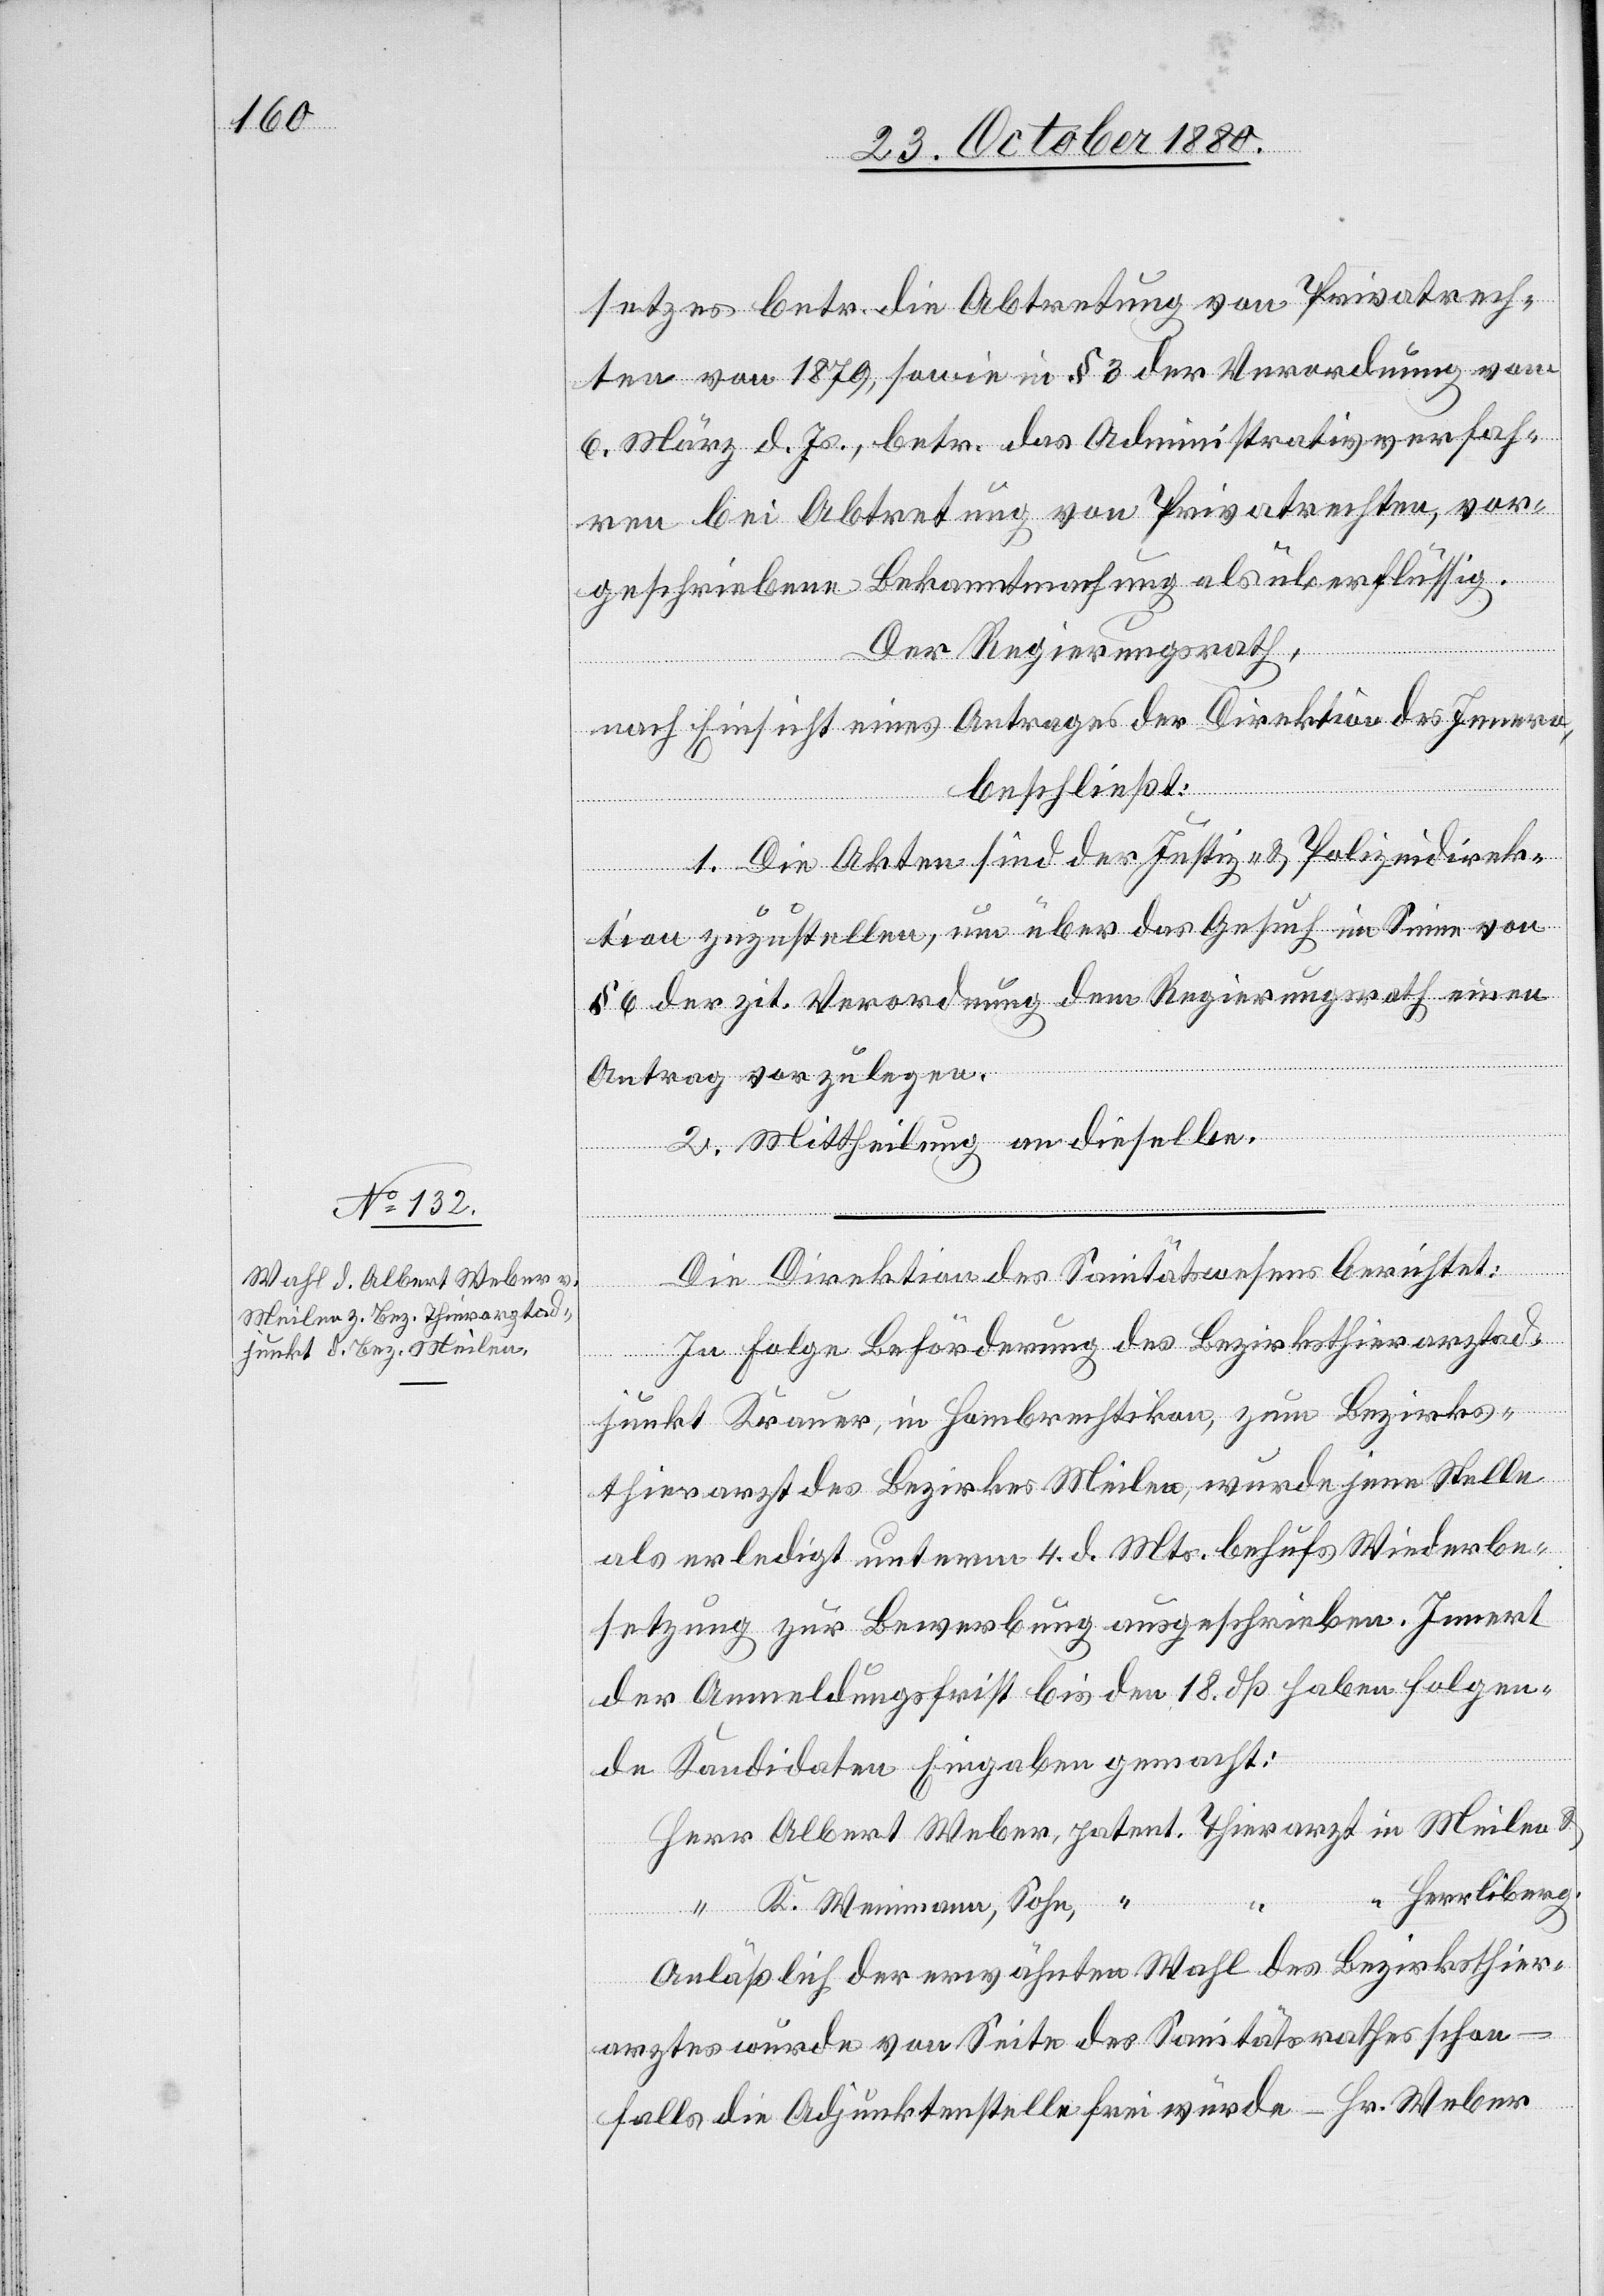
setzes betr. die Abtretung von Privatrech¬
ten von 1879, sowie in § 3 der Verordnung vom
6. März d. Js., betr. das Administrativverfah¬
ren bei Abtretung von Privatrechten, vor¬
geschriebene Bekanntmachung als überflüssig.
Der Regierungsrath,
nach Einsicht eines Antrages der Direktion des Innern,
beschließt:
1. Die Akten sind der Justiz- & Polizeidirek¬
tion zuzustellen, um über das Gesuch im Sinne von
§ 6 der zit. Verordnung dem Regierungsrath einen
in
Antrag vorzulegen.
2. Mittheilung an dieselben.
Die Direktion des Sanitätswesens berichtet:
In Folge Beförderung des Bezirksthierarztad¬
junkt Krauer, in Hombrechtikon, zum Bezirks¬
thierarzt des Bezirkes Meilen, wurde jene Stelle
als erledigt unterm 4. d. Mts. behufs Wiederbe¬
setzung zur Bewerbung ausgeschrieben. Innert
der Anmeldungsfrist bis den 18. dß haben folgen¬
de Kandidaten Eingaben gemacht:
Herrliberg.
Meilen &
“
K. Weinmann, Sohn,
Anläßlich der erwähnten Wahl des Bezirksthier¬
arztes wurde von Seite des Sanitätsrathes schon
falls die Adjunktenstelle frei würde – Hr. Weber